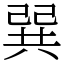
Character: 𢁉